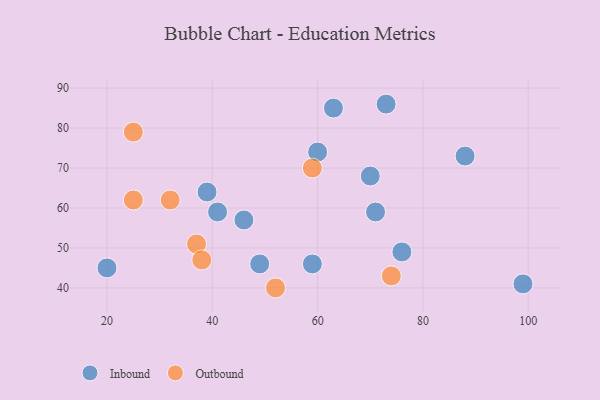
{"axis": {"x": "GDP", "y": "Life Expectancy"}, "legend": ["Inbound", "Outbound"], "data": [{"x": "63", "y": 85, "type": "Inbound"}, {"x": "20", "y": 45, "type": "Inbound"}, {"x": "59", "y": 46, "type": "Inbound"}, {"x": "73", "y": 86, "type": "Inbound"}, {"x": "46", "y": 57, "type": "Inbound"}, {"x": "41", "y": 59, "type": "Inbound"}, {"x": "88", "y": 73, "type": "Inbound"}, {"x": "49", "y": 46, "type": "Inbound"}, {"x": "39", "y": 64, "type": "Inbound"}, {"x": "60", "y": 74, "type": "Inbound"}, {"x": "71", "y": 59, "type": "Inbound"}, {"x": "99", "y": 41, "type": "Inbound"}, {"x": "70", "y": 68, "type": "Inbound"}, {"x": "76", "y": 49, "type": "Inbound"}, {"x": "25", "y": 62, "type": "Outbound"}, {"x": "25", "y": 79, "type": "Outbound"}, {"x": "52", "y": 40, "type": "Outbound"}, {"x": "37", "y": 51, "type": "Outbound"}, {"x": "32", "y": 62, "type": "Outbound"}, {"x": "38", "y": 47, "type": "Outbound"}, {"x": "74", "y": 43, "type": "Outbound"}, {"x": "59", "y": 70, "type": "Outbound"}]}